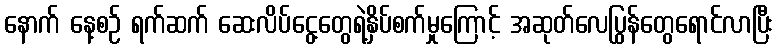
နောက် နေ့စဉ် ရက်ဆက် ဆေးလိပ်ငွေ့တွေရဲ့နှိပ်စက်မှုကြောင့် အဆုတ်လေပြွန်တွေရောင်လာပြီး